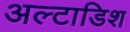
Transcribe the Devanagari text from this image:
अल्टाडिश